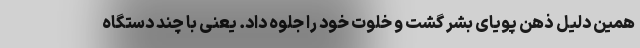
همین دلیل ذهن پویای بشر گشت و خلوت خود را جلوه داد. یعنی با چند دستگاه